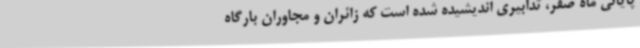
پایانی ماه صفر، تدابیری اندیشیده شده است که زائران و مجاوران بارگاه